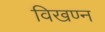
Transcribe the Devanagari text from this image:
विखण्न